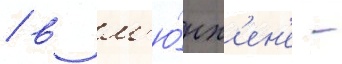
/ в м'ю́нх'ен'е -